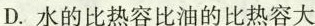
D.水的比热容比油的比热容大